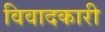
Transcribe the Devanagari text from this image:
विवादकारी